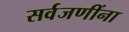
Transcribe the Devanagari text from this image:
सर्वजणींना